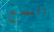
السمع